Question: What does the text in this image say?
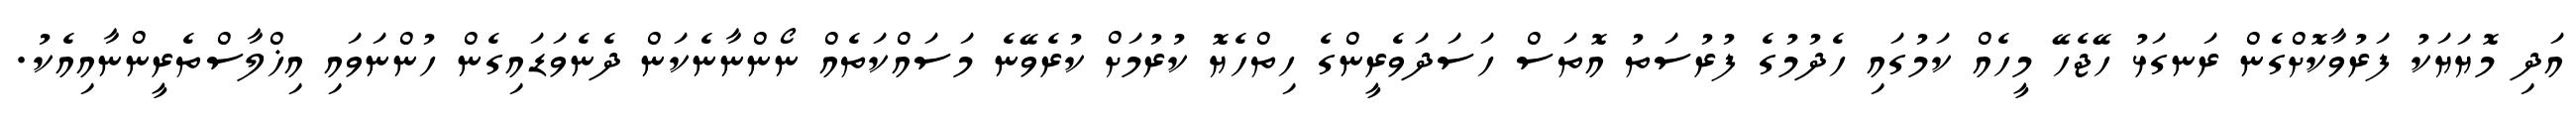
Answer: އަދި މޮޔަޔަކު ފަރުވާކޮށްގެން ރަނގަޅު ހޭޖެހޭ މީހެއް ކަމުގައި ހެދުމުގެ ފުރުސަތު އޮތަސް ހަސަދަވެރީންގެ ހިތްހެޔޮ ކުރުމަށް ކުރެވޭނެ މަސައްކަތެއް ނޯންނާނެކަން ދެނެވަޑައިގެން ހުންނަވައި އިޚްލާސްތެރީންނާއިއެކު.